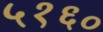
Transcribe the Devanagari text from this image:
५१६०